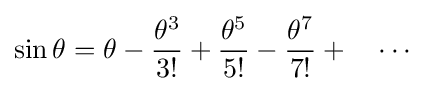
\sin \theta =\theta -{\frac {\theta ^{3}}{3!}}+{\frac {\theta ^{5}}{5!}}-{\frac {\theta ^{7}}{7!}}+\quad \cdots